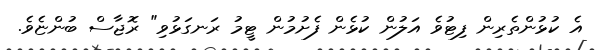
އެ ކުޅުންތެރިން ފިޓުވެ އަލުން ކުޅެން ފެށުމުން ޓީމު ރަނގަޅުވި" ރޮޖާސް ބުންޏެވެ.